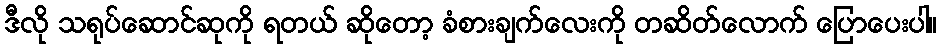
ဒီလို သရုပ်ဆောင်ဆုကို ရတယ် ဆိုတော့ ခံစားချက်လေးကို တဆိတ်လောက် ပြောပေးပါ။